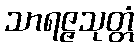
သာရဇ္ဇသုတ္တံ